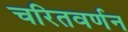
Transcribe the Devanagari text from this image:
चरितवर्णन